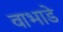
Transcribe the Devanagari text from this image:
वाभाडे